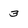
Character: 3